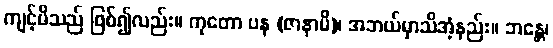
ကျင့်မိသည် ဖြစ်၍လည်း။ ကုတော ပန (ဇာနာမိ)၊ အဘယ်မှာသိအံ့နည်း။ ဘန္တေ၊